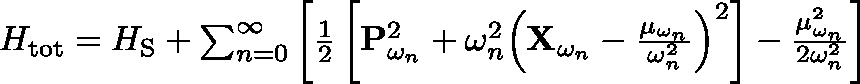
\begin{array} { r } { H _ { \mathrm { t o t } } = H _ { \mathrm { S } } + \sum _ { n = 0 } ^ { \infty } \left[ \frac { 1 } { 2 } \left[ \mathbf { P } _ { \omega _ { n } } ^ { 2 } + \omega _ { n } ^ { 2 } \Big ( \mathbf { X } _ { \omega _ { n } } - \frac { \mathbf { \mu } _ { \omega _ { n } } } { \omega _ { n } ^ { 2 } } \Big ) ^ { 2 } \right] - \frac { \mathbf { \mu } _ { \omega _ { n } } ^ { 2 } } { 2 \omega _ { n } ^ { 2 } } \right] } \end{array}